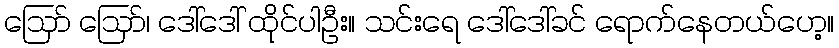
ဪ ဪ၊ ဒေါ်ဒေါ် ထိုင်ပါဦး။ သင်းရေ ဒေါ်ဒေါ်ခင် ရောက်နေတယ်ဟေ့။